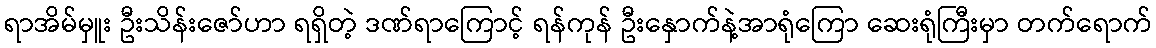
ရာအိမ်မှူး ဦးသိန်းဇော်ဟာ ရရှိတဲ့ ဒဏ်ရာကြောင့် ရန်ကုန် ဦးနှောက်နဲ့အာရုံကြော ဆေးရုံကြီးမှာ တက်ရောက်